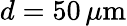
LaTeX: d=50\, \mu\textrm{m}